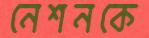
নেশনকে